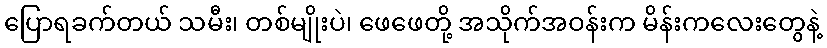
ပြောရခက်တယ် သမီး၊ တစ်မျိုးပဲ၊ ဖေဖေတို့ အသိုက်အဝန်းက မိန်းကလေးတွေနဲ့